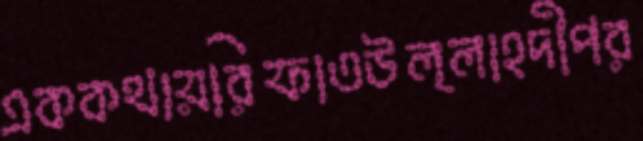
এককথায়রিফাতউল্লাহদীপর